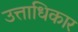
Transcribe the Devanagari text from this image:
उत्ताधिकार